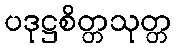
ပဒုဋ္ဌစိတ္တသုတ္တ